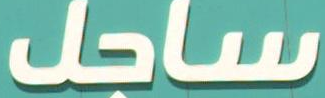
ساجل